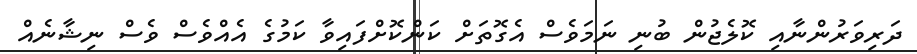
ދަރިވަރުންނާއި ކޮލެޖުން ބުނި ނަމަވެސް އެގޮތަށް ކަންކޮށްފައިވާ ކަމުގެ އެއްވެސް ވެސް ނިޝާނެއް